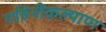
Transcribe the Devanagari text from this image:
गहिनीकल्याण